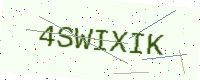
Text: 4SWIXIK